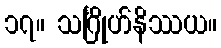
၁၇။ သင်္ဂြိုဟ်နိဿယ။